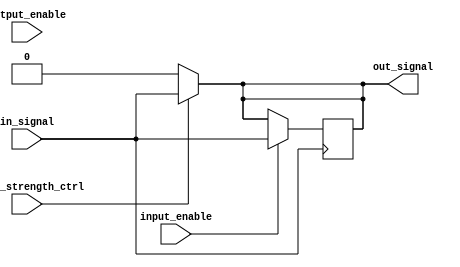
module io_block_lvcmos (
    input wire in_signal,
    output reg out_signal,
    input wire drive_strength_ctrl,
    input wire input_enable,
    input wire output_enable
);

// Buffer input signal to ensure signal integrity
always @(posedge in_signal) begin
    if (input_enable) begin
        out_signal <= in_signal;
    end
end

// Adjust output drive strength of the buffer
assign out_signal = (drive_strength_ctrl) ? in_signal : 1'b0;

endmodule